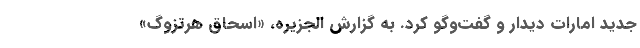
جدید امارات دیدار و گفت‌وگو کرد. به گزارش الجزیره، «اسحاق هرتزوگ»